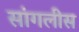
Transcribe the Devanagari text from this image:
सांगलीस